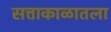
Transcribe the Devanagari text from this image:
सत्ताकाळातला